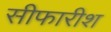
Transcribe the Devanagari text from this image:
सीफारीश